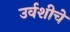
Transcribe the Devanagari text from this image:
उर्वशीचे